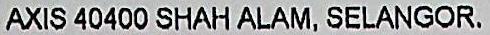
AXIS 40400 SHAH ALAM, SELANGOR.